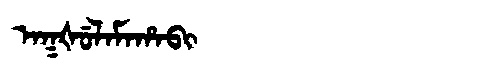
Manchu: ᠠᡴᡧᡠᠯᠠᠮᠠᡥᠠᠪᡳ
Romanization: AKŠULAMAHABI